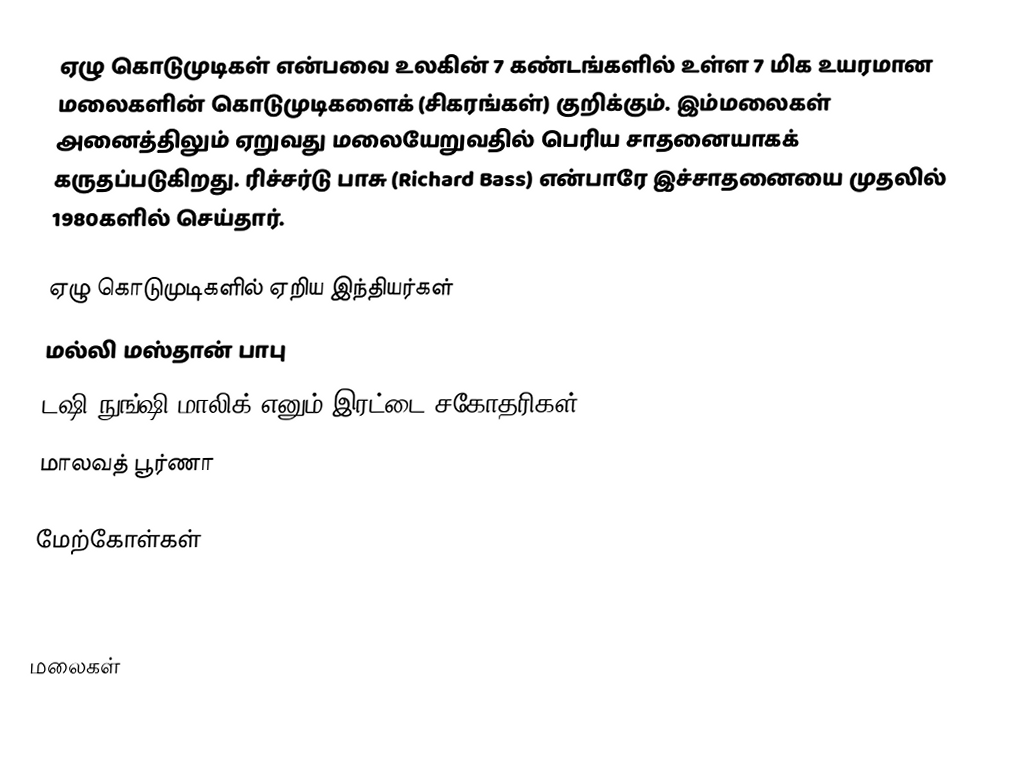
ஏழு கொடுமுடிகள் என்பவை உலகின் 7 கண்டங்களில் உள்ள 7 மிக உயரமான மலைகளின் கொடுமுடிகளைக் (சிகரங்கள்) குறிக்கும். இம்மலைகள் அனைத்திலும் ஏறுவது மலையேறுவதில் பெரிய சாதனையாகக் கருதப்படுகிறது. ரிச்சர்டு பாசு (Richard Bass) என்பாரே இச்சாதனையை முதலில் 1980களில் செய்தார்.

ஏழு கொடுமுடிகளில் ஏறிய இந்தியர்கள்
 மல்லி மஸ்தான் பாபு
 டஷி நுங்ஷி மாலிக் எனும் இரட்டை சகோதரிகள்
 மாலவத் பூர்ணா

மேற்கோள்கள்

<noinclude>

மலைகள்